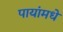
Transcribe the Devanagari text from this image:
पायांमधे